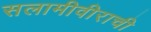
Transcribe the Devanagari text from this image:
सलामीवीराची